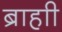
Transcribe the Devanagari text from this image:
ब्राहाी